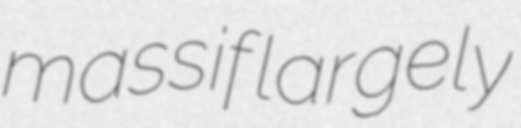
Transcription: massif largely